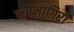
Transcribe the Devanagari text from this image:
ऋषभागिरी